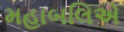
મહાબલિએ